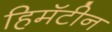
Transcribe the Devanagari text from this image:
हिमॅटीन